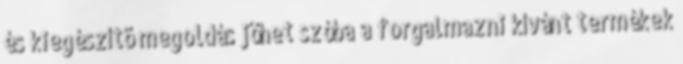
és kiegészítõ megoldás jöhet szóba a forgalmazni kívánt termékek